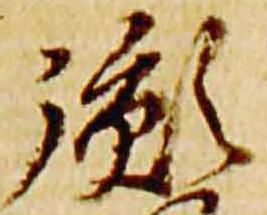
胤